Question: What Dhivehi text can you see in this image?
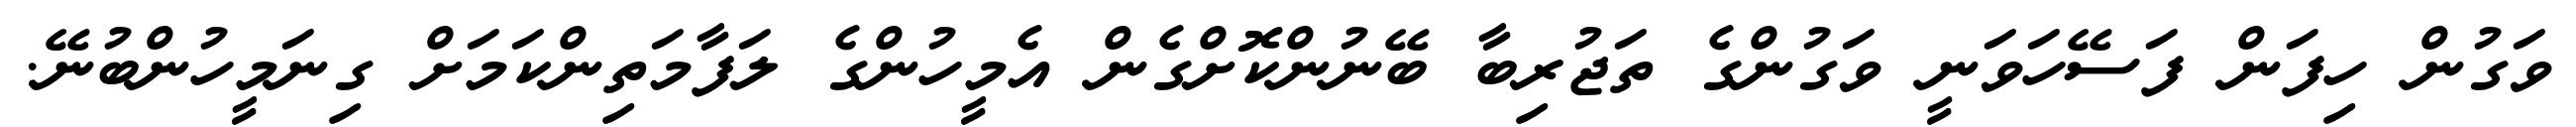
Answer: ވަގުން ހިފަން ފަސޭހަވަނީ ވަގުންގެ ތަޖުރިބާ ބޭނުންކޮށްގެން އެމީހުންގެ ލަފާމަތިންކަމަށް ގިނަމީހުންބުނޭ.